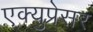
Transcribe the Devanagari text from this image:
एक्युप्रेसर